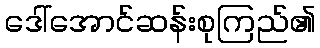
ဒေါ်အောင်ဆန်းစုကြည်၏